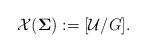
LaTeX: \begin{align*}\mathcal{X}(\boldsymbol{\Sigma}):=[\mathcal{U}/G].\end{align*}